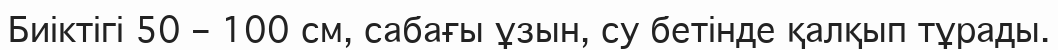
Биіктігі 50 – 100 см, сабағы ұзын, су бетінде қалқып тұрады.